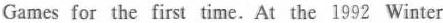
Games for the first time. At the 1992 Winter